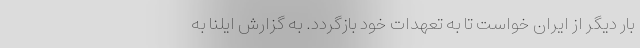
بار دیگر از ایران خواست تا به تعهدات خود بازگردد. به گزارش ایلنا به